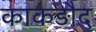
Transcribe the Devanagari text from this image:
काकड़ौद